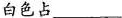
白色占___